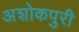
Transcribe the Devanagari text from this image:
अशोकपुरी